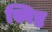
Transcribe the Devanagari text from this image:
स्विष्ट